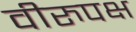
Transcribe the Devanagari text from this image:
वीरुपक्ष